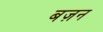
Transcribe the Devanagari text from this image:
बज़न